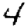
Digit: 4